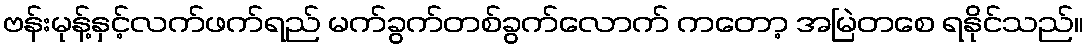
ဗန်းမုန့်နှင့်လက်ဖက်ရည် မက်ခွက်တစ်ခွက်လောက် ကတော့ အမြဲတစေ ရနိုင်သည်။